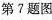
第7题图